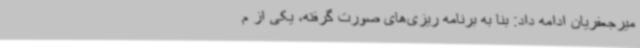
میرجعفریان ادامه داد: بنا به برنامه ریزی‌های صورت گرفته، یکی از م